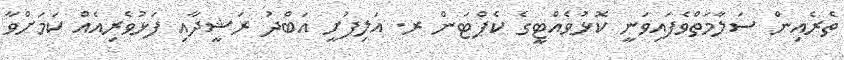
ތެރެއިން ސަލާމަތްވެފައިވަނީ ކޮޅުވެއްޓީގެ ކެޕްޓަން ރ. އަލިފުށީ އަބްދު ރަޝީދާއި ފަޅުވެރިއެއް ކަމަށްވާ